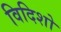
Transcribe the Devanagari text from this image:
विदिशो